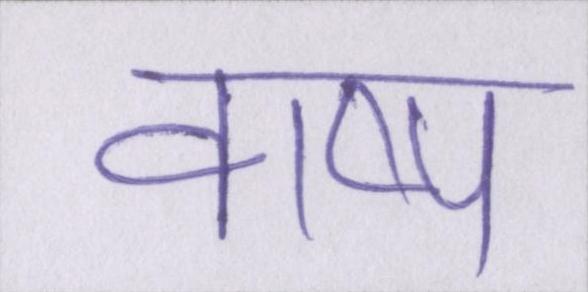
वाष्प